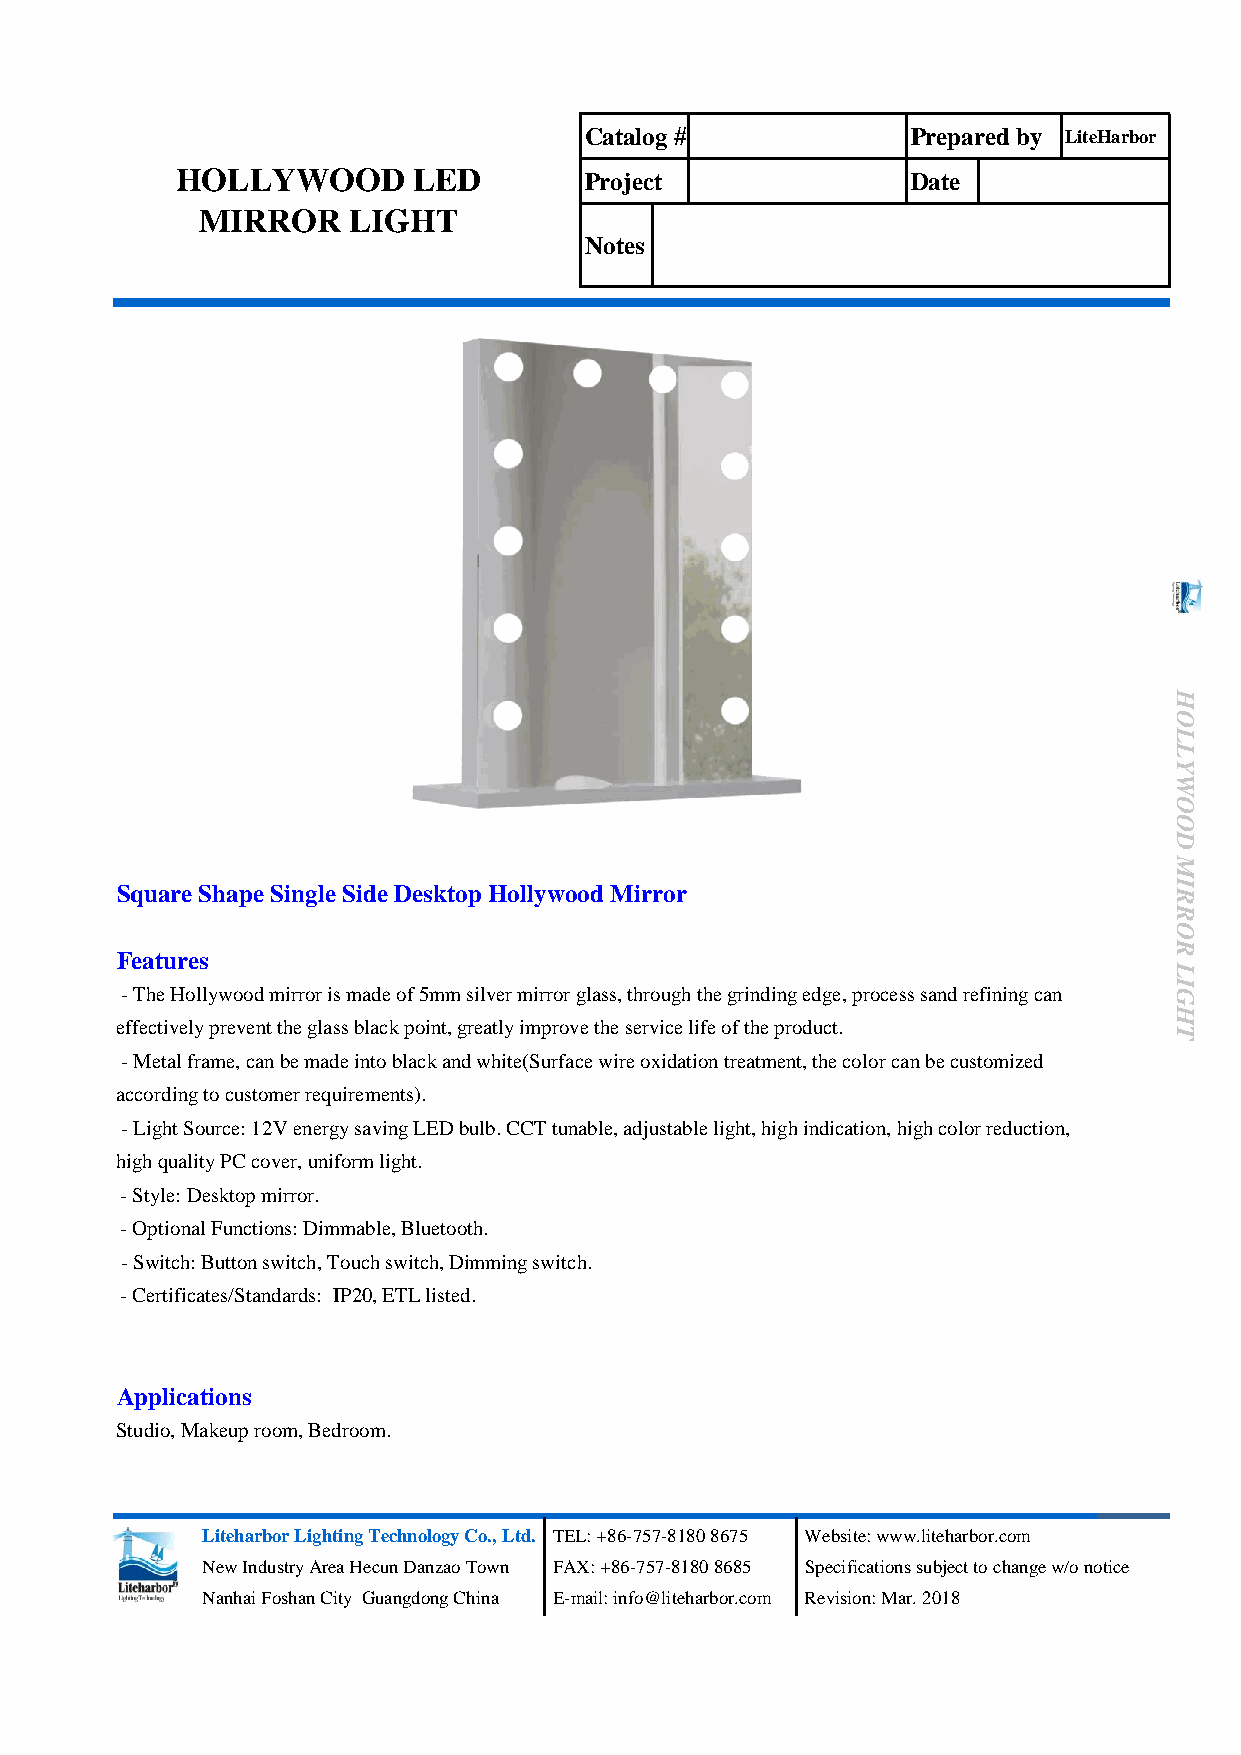
Catalog #            Prepared by LiteHarbor
 HOLLYWOOD      LED         Project              Date
 MIRROR    LIGHT
 Notes
 H
 O
 L
 L
 Y
 W
 O
 O
 D
 M
 Square Shape Single Side Desktop Hollywood Mirror                     I R
 R
 O
 R
 Features
 L
 I
 - The Hollywood mirror is made of 5mm silver mirror glass, through the grinding edge, process sand refining can G
 H
 effectively prevent the glass black point, greatly improve the service life of the product.
 T
 - Metal frame, can be made into black and white(Surface wire oxidation treatment, the color can be customized
 according to customer requirements).
 - Light Source: 12V energy saving LED bulb. CCT tunable, adjustable light, high indication, high color reduction,
 high quality PC cover, uniform light.
 - Style: Desktop mirror.
 - Optional Functions: Dimmable, Bluetooth.
 - Switch: Button switch, Touch switch, Dimming switch.
 - Certificates/Standards: IP20, ETL listed.
 Applications
 Studio, Makeup room, Bedroom.
 Liteharbor Lighting Technology Co., Ltd. TEL: +86-757-8180 8675 Website: www.liteharbor.com
 New Industry Area Hecun Danzao Town FAX: +86-757-8180 8685 Specifications subject to change w/o notice
 Nanhai Foshan City Guangdong China E-mail: info@liteharbor.com Revision: Mar. 2018